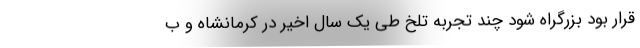
قرار بود بزرگراه شود چند تجربه تلخ طی یک سال اخیر در کرمانشاه و ب